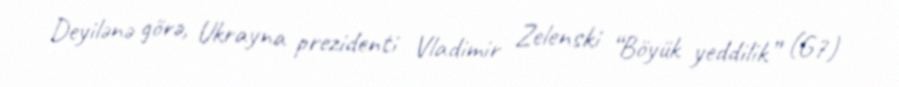
Deyilənə görə, Ukrayna prezidenti Vladimir Zelenski “Böyük yeddilik” (G7)